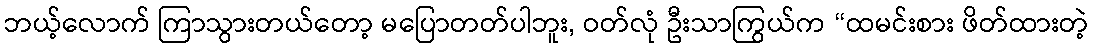
ဘယ့်လောက် ကြာသွားတယ်တော့ မပြောတတ်ပါဘူး, ဝတ်လုံ ဦးသာကြွယ်က “ထမင်းစား ဖိတ်ထားတဲ့